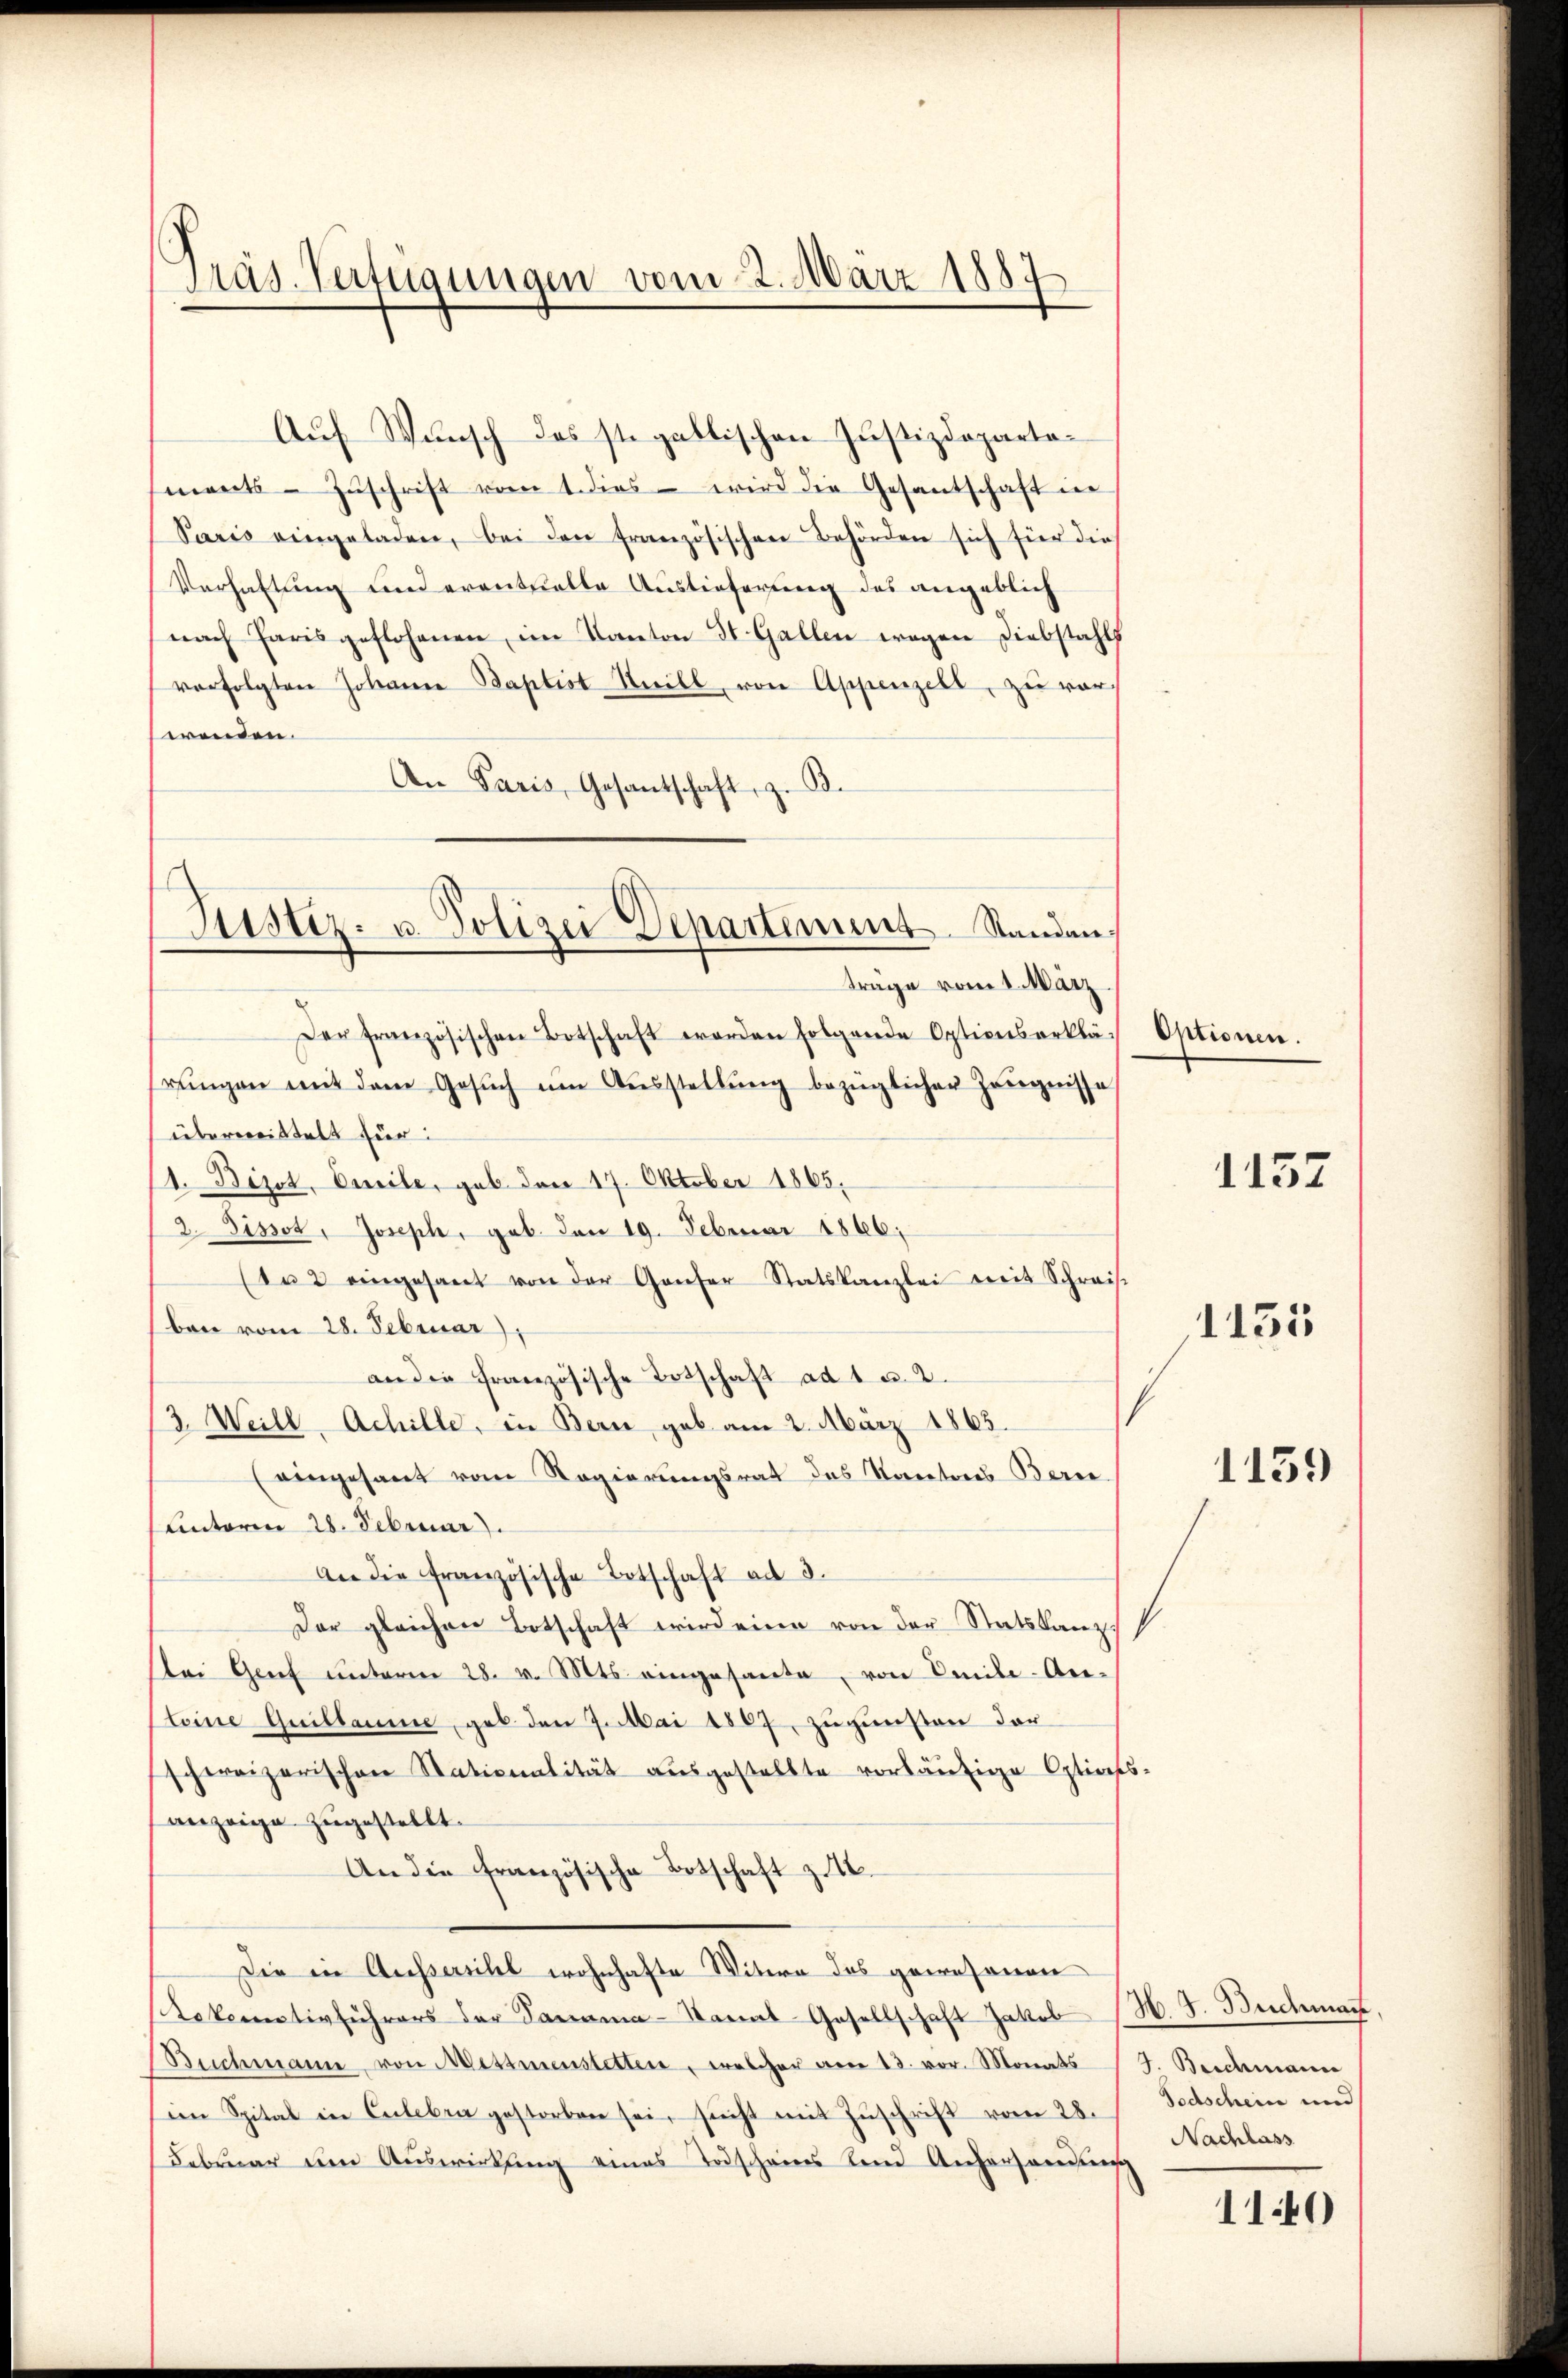
Präs. Verfügungen vom 2. März 1889

mants - Zŭschrift vom 1. dies wird die Gesantschaft in
Paris eingeladen, bei den französischen Behörden sich für dies
Verhaltung und eventuelle Auslieferung des angeblich
nach Paris geflohanen, im Kanton St. Gallen wegen Diebstahls
verfolgten Johann Baptist Still, von Appenzell, zu vorwenden.
An Paris, Gesantschaft, z. B.
Der französischen Botschaft worden folgende Optionserklär Optionen.
rŭngen mit dem Gesŭch ŭm Aŭsstellŭng bezüglicher Zeŭgnisse
übermittelt für
1. Bezot, Emile, gab den 17. Oktober 1865.
2. Pissot, Joseph, geb. den 19. Februar 1866.
(da 2 eingesant von der Genfer Statskanzlei weit Schreib
ben vom 28. Februar),
an die französische Totschaft ad 1 u. 2.
(3. Weill. Achille, in Bern geb. am 2. März 1863.
(eingesant vom Regierungsrat des Kantons Bern
Unterm 28. Februar).
An die französische Botschaft ad 3.
Der gleichen Botschaft wird eine von der Statskanz
ei Genf unterm 28. v. Mts. eingesante, von Emile-An¬
Steine Guillaume, geb. den 9. Mai 1867, zugunsten der
schweizerischen Stationalität ausgestellte vorläufige Opticts-
anzeige zugestellt.
An die französische Botschaft z. 18.
Die in Ausserehel wohnhafte Witwe des gewesenen
Lokomotivführers der Panama-Stanal-Gesellschaft Jakob
Buchmann von Messmenstetten, welcher am 13. vor. Monats J. Beidmann
im Spital in Culebra gestorben sei, sucht mit Zŭschrift vom 28.
Februar um Auswirkung eines Todscheins Land Anhersandŭng

Auf Wunsch das ste gallischen Justizdeparte¬

Justiz- u. Polizei Departements Standanträge vom 1. März

1157

1155

1139

H. d. Buchman
Todschein und
Nachlass

1140